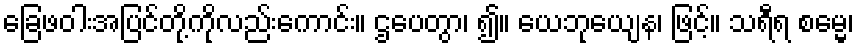
ခြေဖဝါးအပြင်တို့ကိုလည်းကောင်း။ ဌပေတွာ၊ ၍။ ယေဘုယျေန၊ ဖြင့်။ သရီရ စမ္မေ၊